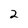
Character: 2